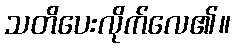
သတိပေးလိုက်လေ၏။